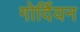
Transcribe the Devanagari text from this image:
गोर्दियन